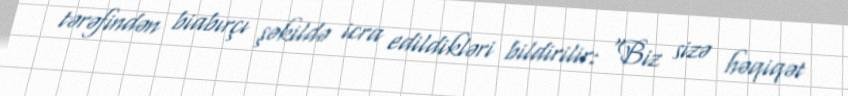
tərəfindən biabırçı şəkildə icra edildikləri bildirilir: "Biz sizə həqiqət